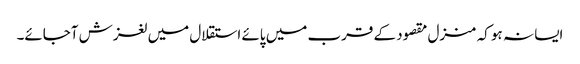
ایسا نہ ہو کہ منزل مقصود کے قرب میں پائے استقلال میں لغزش آجائے۔